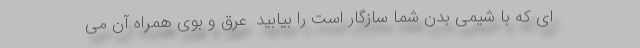
ای که با شیمی بدن شما سازگار است را بیابید. عرق و بوی همراه آن می